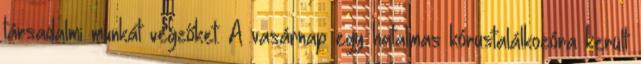
társadalmi munkát végzőket. A vasárnap egy hatalmas kórustalálkozóra került